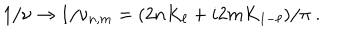
LaTeX: 1 / \nu \rightarrow 1 / \nu _ { n , m } = ( 2 n K _ { \ell } + i 2 m K _ { 1 - \ell } ) / \pi ~ .